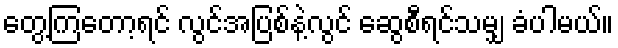
တွေ့ကြတော့ရင် လွင်အပြစ်နဲ့လွင် ဆွေစီရင်သမျှ ခံပါမယ်။